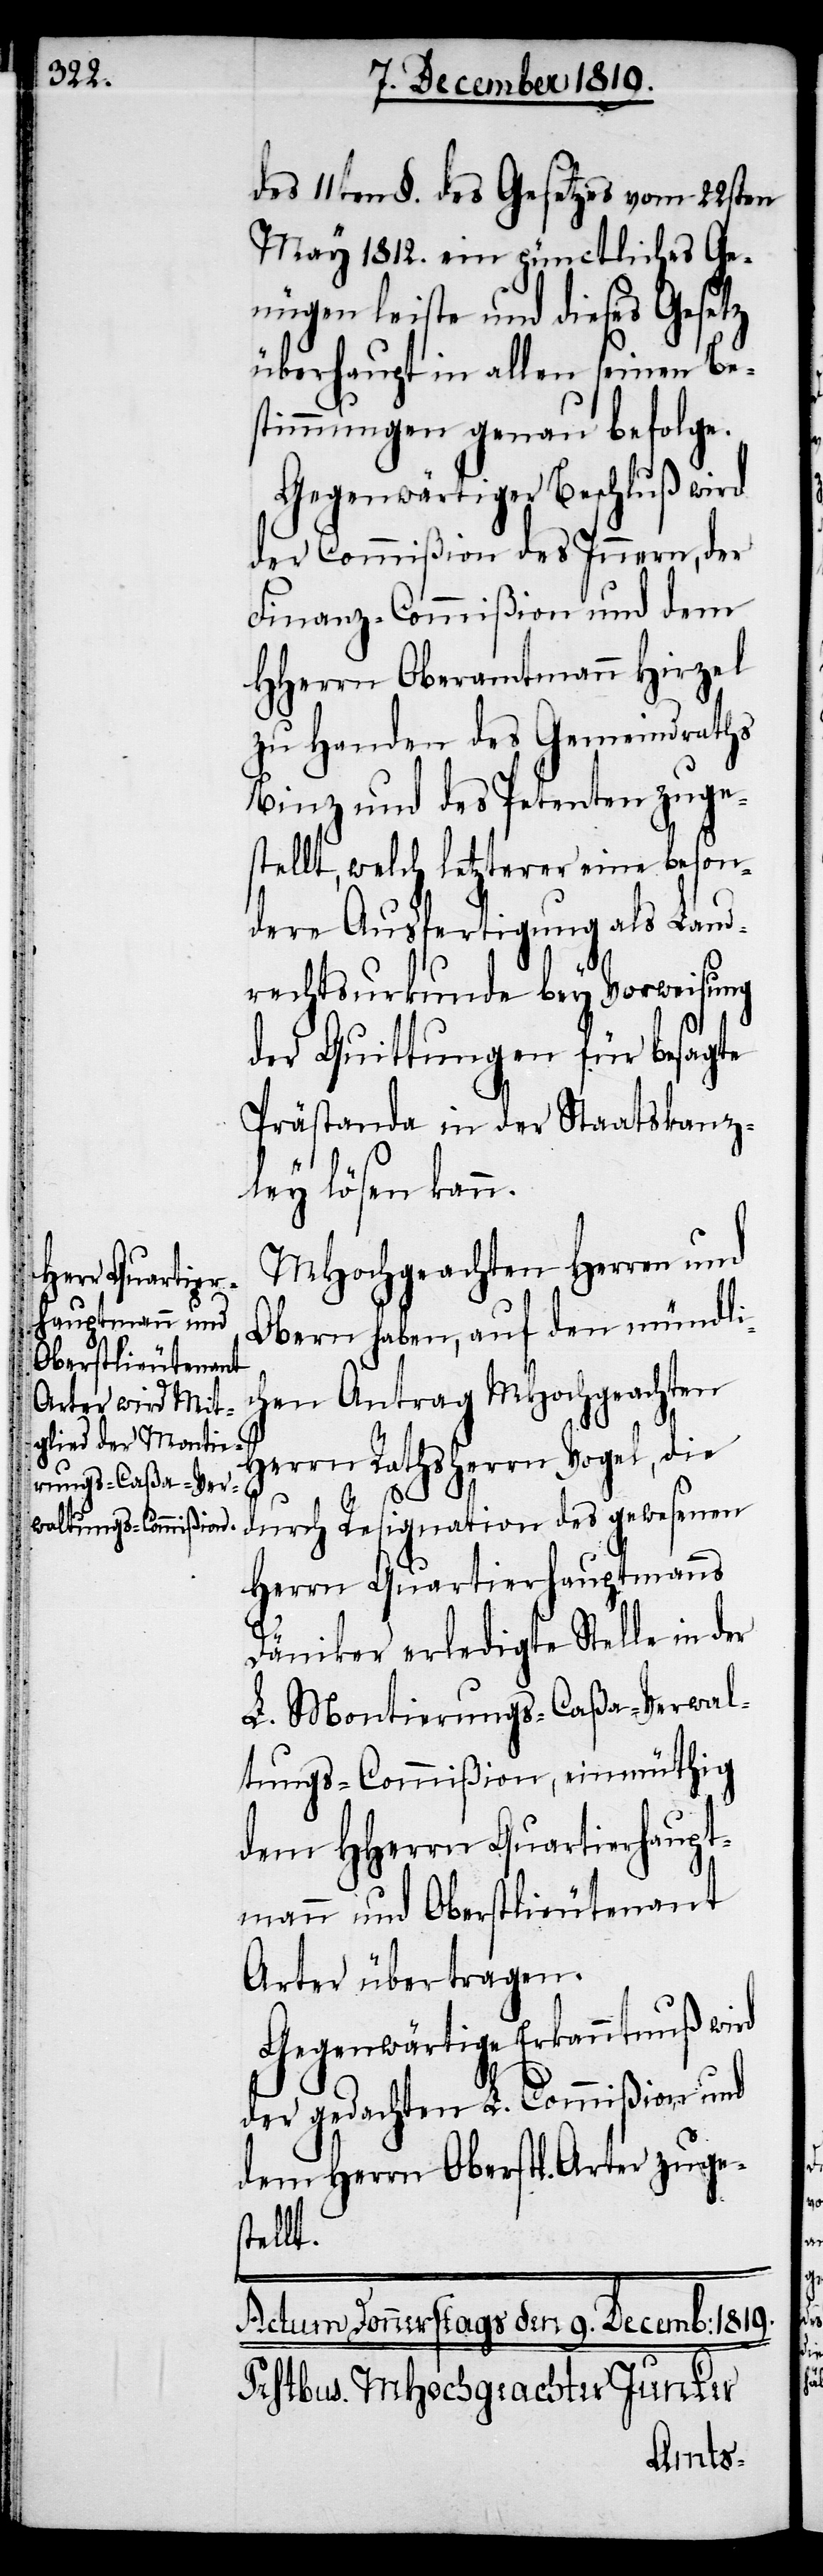
des 11ten §. des Gesetzes vom 22sten
May 1812. ein pünctliches Ge¬
nügen leiste und dieses Gesetz
überhaupt in allen seinen Be¬
stimmungen genau befolge.
Gegenwärtiger Beschluß wird
der Commißion des Innern, der
Finanz-Commißion und dem
HHerrn Oberamtmann Hirzel
zu Handen des Gemeindraths
[sic!] und des Petenten zuge¬
stellt, welch letzterer eine beson¬
dere Ausfertigung als Land¬
rechtsurkunde bey Vorweisung
der Quittungen für besagte
Prästanda in der Staatskanz¬
ley lösen kann.
MHochgeachten Herren und
Obern haben, auf den mündli¬
chen Antrag MHochgeachten
Herrn Rathsherrn Vogel, die
durch Resignation des gewesenen
Herrn Quartierhauptmanns
Däniker erledigte Stelle in der
L. Montierungs-Caßa-Verwal¬
tungs-Commißion, einmüthig
dem HHerrn Quartierhaupt¬
mann und Oberstlieutenant
Arter übertragen.
Gegenwärtige Erkanntnuß wird
der gedachten L. Commißion des
dem Herrn Oberstl. Arter zuges¬
tellt.